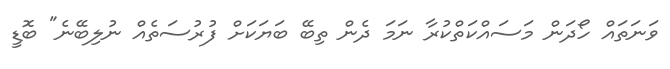
ވަނަތައް ހޯދަން މަސައްކަތްކުރާ ނަމަ ދެން ތިބޭ ބަޔަކަށް ފުރުސަތެއް ނުލިބޭނެ" ބޮޑީ